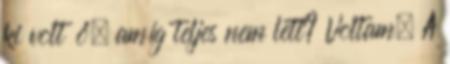
ki volt ő, amíg teljes nem lett? Voltam. A